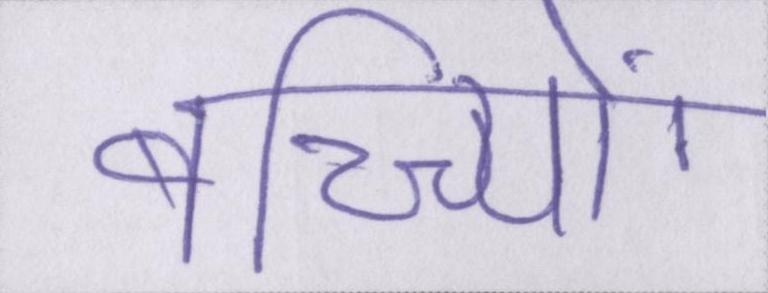
बच्च्यिों